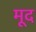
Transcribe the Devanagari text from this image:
मूद